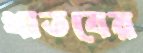
থাতবের